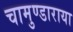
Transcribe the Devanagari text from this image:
चामुण्डाराया